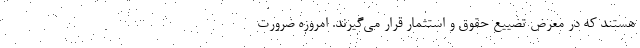
هستند که در معرض تضییع حقوق و استثمار قرار می‌گیرند. امروزه ضرورت